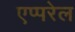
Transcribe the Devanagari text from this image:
एप्परेल